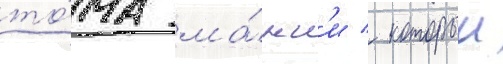
то́ма ма́нг'и / которыи